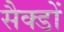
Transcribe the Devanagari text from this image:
सैक्डों